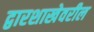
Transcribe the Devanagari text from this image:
द्वारशाखेवरील